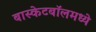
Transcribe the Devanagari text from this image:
बास्केटबॉलमध्ये